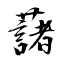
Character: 藷